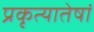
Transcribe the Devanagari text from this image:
प्रकृत्यातेषां